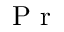
\textrm { P r }